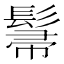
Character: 𮫌